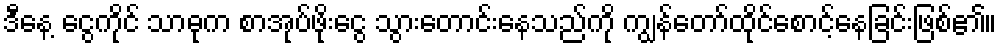
ဒီနေ့ ငွေကိုင် သာဓုက စာအုပ်ဖိုးငွေ သွားတောင်းနေသည်ကို ကျွန်တော်ထိုင်စောင့်နေခြင်းဖြစ်၏။